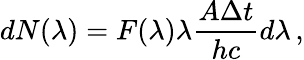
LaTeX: dN(\lambda)=F(\lambda)\lambda\frac{A\Delta t}{hc}d\lambda\, ,